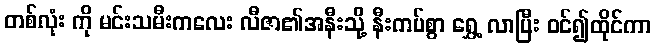
တစ်လုံး ကို မင်းသမီးကလေး လီဇာ၏အနီးသို့ နီးကပ်စွာ ရွှေ့ လာပြီး ဝင်၍ထိုင်ကာ